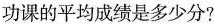
功课的平均成绩是多少分?